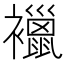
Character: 𧞪